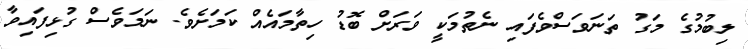
ލިބުމުގެ މަގު ތަނަވަސްވެފައި ނެތުމަކީ ވަރަށް ބޮޑު ހިތާމައެއް ކަމަށެވެ. ނަމަވެސް ގުޅިފައިވާ